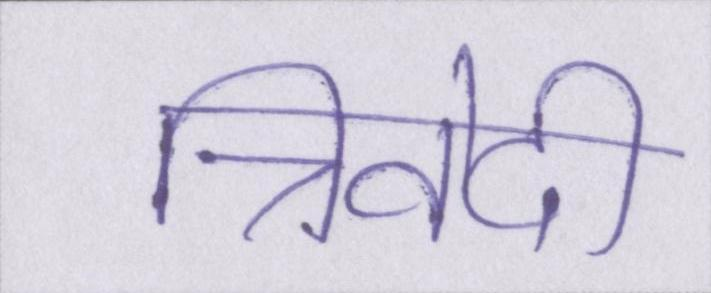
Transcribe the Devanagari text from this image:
त्रिवेदी